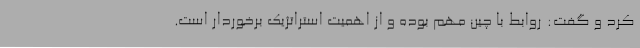
کرد و گفت: روابط با چین مهم بوده و از اهمیت استراتژیک برخوردار است.